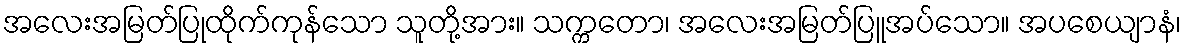
အလေးအမြတ်ပြုထိုက်ကုန်သော သူတို့အား။ သက္ကတော၊ အလေးအမြတ်ပြူအပ်သော။ အပစေယျာနံ၊